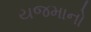
યજમાનો